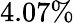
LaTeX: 4.07\%